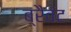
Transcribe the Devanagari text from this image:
ब्रैवंट